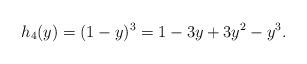
LaTeX: \begin{gather*}h_4(y)=(1-y)^3=1-3 y+3 y^2-y^3.\end{gather*}